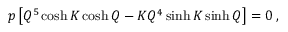
\begin{array} { r } { p \left[ Q ^ { 5 } \cosh K \cosh Q - K Q ^ { 4 } \sinh K \sinh Q \right] = 0 \; , } \end{array}